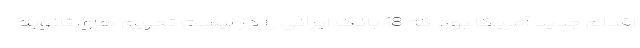
اقدام جدید آمریکا بود که 18 بانک ایرانی را در لیست تحریم های ثانویه